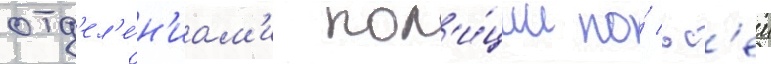
отд'ел'е́н'иам'и пол'и́ции по́ вс'еи